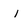
Character: i